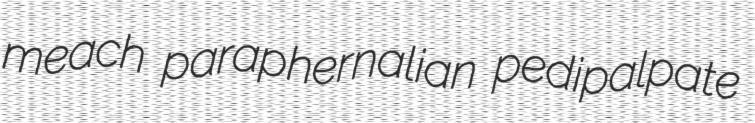
meach paraphernalian pedipalpate